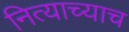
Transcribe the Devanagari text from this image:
नित्याच्याच